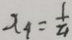
x _ { 4 } = \frac { 1 } { 2 1 }